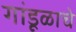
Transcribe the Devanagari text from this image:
गांडूळाचे